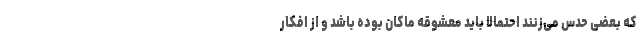
که بعضی حدس می‌زنند احتمالا باید معشوقه ماکان بوده باشد و از افکار